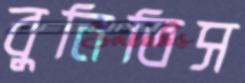
বুনিতিস